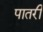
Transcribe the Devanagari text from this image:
पातरी